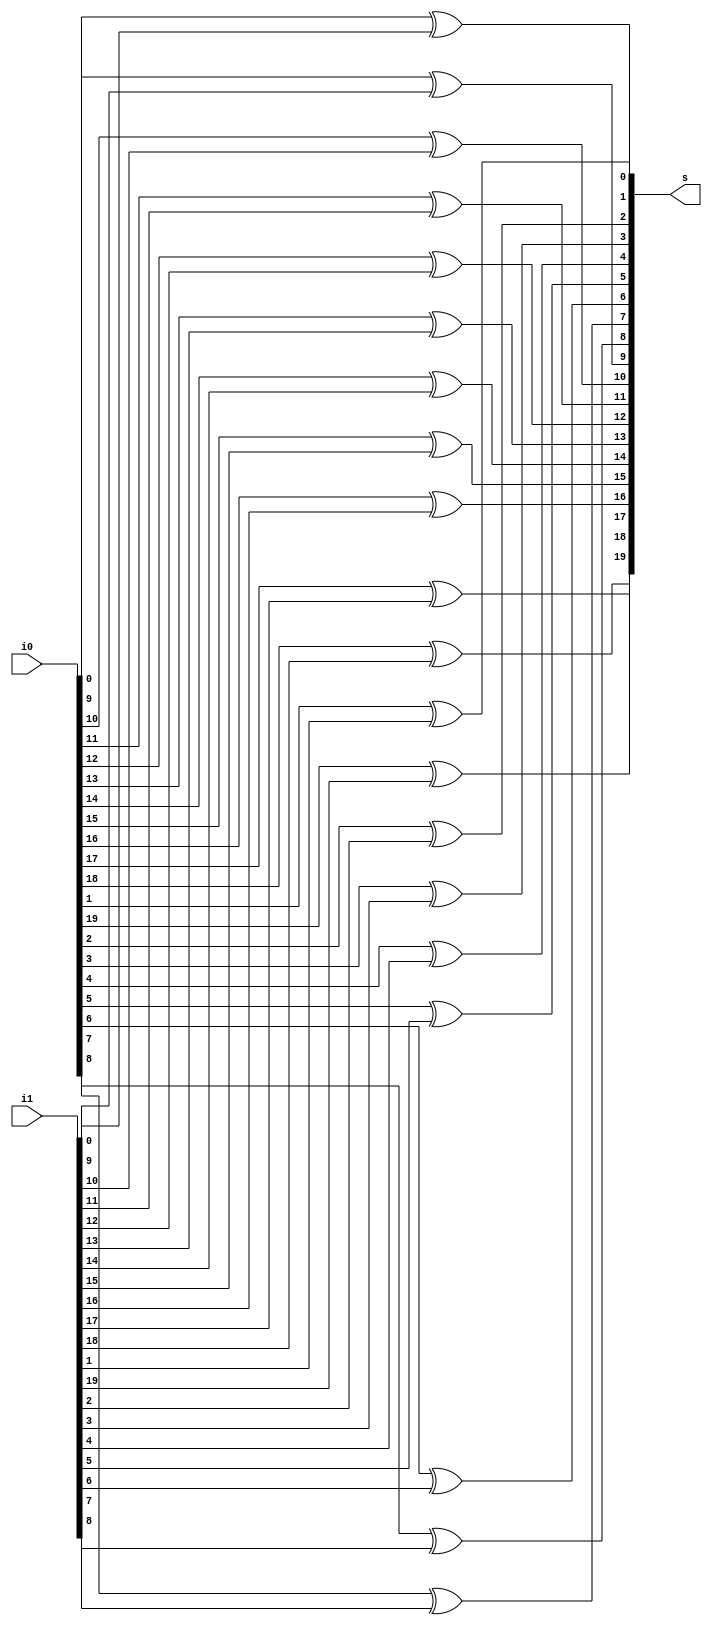
module twenty_bit_bitwise_xor(
    input [19:0] i0, i1,
    output [19:0] s);

    genvar i;

    generate
        for(i = 0; i < 20; i = i + 1) begin
            xor xi(s[i], i0[i], i1[i]);
        end
    endgenerate
endmodule